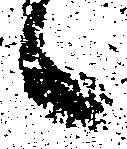
候